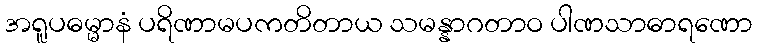
အရူပဓမ္မာနံ ပရိဏာမပကတိတာယ သမန္နာဂတာဝ ပါဏသာဓာရဏော